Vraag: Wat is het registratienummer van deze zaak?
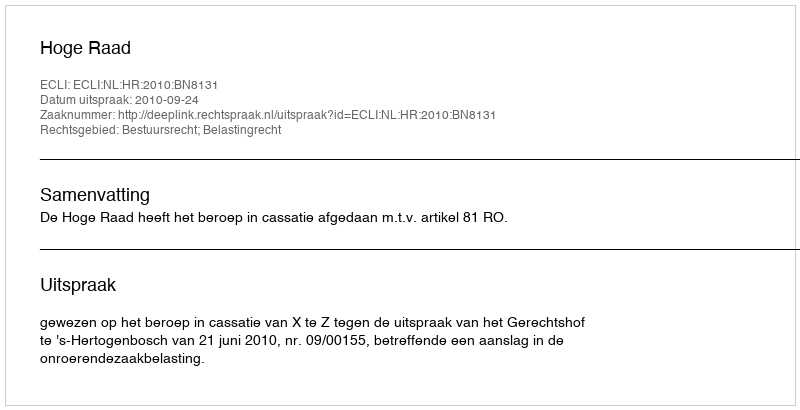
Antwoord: http://deeplink.rechtspraak.nl/uitspraak?id=ECLI:NL:HR:2010:BN8131